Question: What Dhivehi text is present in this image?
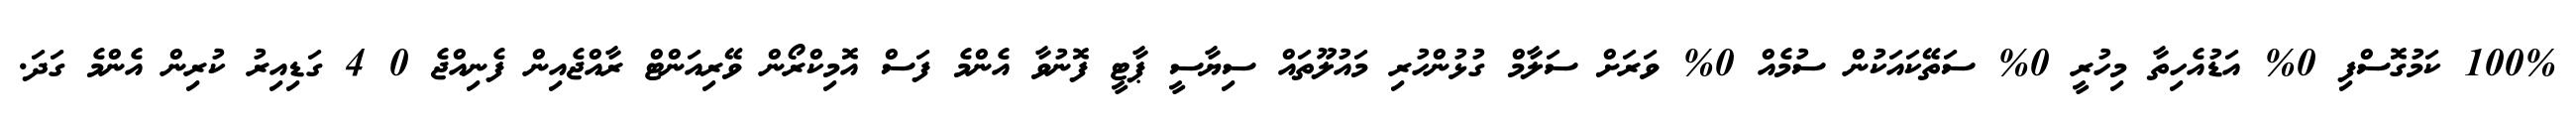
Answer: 100% ކަމުގޮސްފި 0% އަޑުއެހިތާ މިހުރީ 0% ސަތޭކައަކުން ސުމެއް 0% ވަރަށް ސަލާމް ގުޅުންހުރި މައުލޫތައް ސިޔާސީ ޕާޓީ ފޮނުވާ އެންމެ ފަސް އޮމިކްރޯން ވޭރިއަންޓް ރާއްޖެއިން ފެނިއްޖެ 0 4 ގަޑިއިރު ކުރިން އެންމެ ގަދަ.